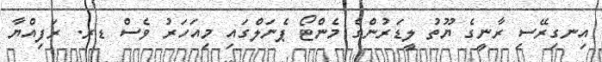
އިނގިރޭސި ރާނީގެ ޔޫތު ލީޑަރުންގެ މެންޓޯ ޕެނަލްގައި މިއަހަރު ވެސް ޑރ. ރަފިއްޔާ